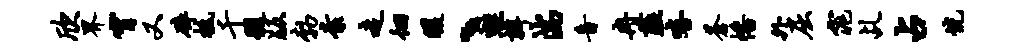
欣界宵又碎柢千髓版勃素走徊暖、蛙瓣湍音冉薤嘻苍幡外屈窕乩占恍